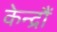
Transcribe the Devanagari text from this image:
केन्द्रौं